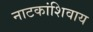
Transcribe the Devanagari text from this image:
नाटकांशिवाय